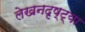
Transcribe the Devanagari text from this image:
लेखनदृष्ट्या